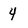
Character: 4